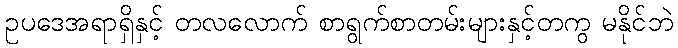
ဥပဒေအရာရှိနှင့် တလလောက် စာရွက်စာတမ်းများနှင့်တကွ မနိုင်ဘဲ